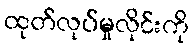
ထုတ်လုပ်မှုလိုင်းကို